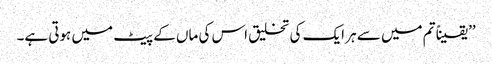
’’یقیناً تم میں سے ہر ایک کی تخلیق اس کی ماں کے پیٹ میں ہوتی ہے۔